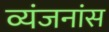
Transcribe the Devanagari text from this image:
व्यंजनांस